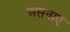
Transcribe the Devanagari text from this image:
असनाए